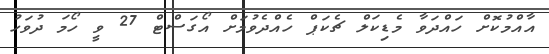
އާއްމުކޮށް ހައްދަވާ މެޑިކަލް ޗެކަޕް ހެއްދެވުމަށް އޯގަސްޓް 27 ވީ ހޯމަ ދުވަހު